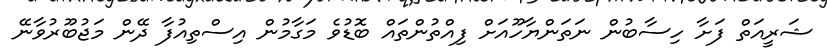
ޝަރީއަތް ފަށާ ހިސާބުން ނަތަންޔާހޫއަށް ފިއްތުންތައް ބޮޑުވެ މަގާމުން އިސްތިއުފާ ދޭން މަޖުބޫރުވާނޭ